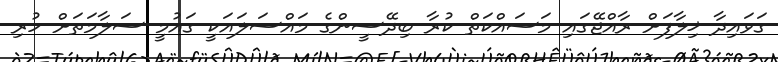
ގަވައިދާ ޚިލާފަށް ރާއްޖޭގައި މަސައްކަތް ކުރާ ބިދޭސީންގެ މައްސަލައަކީ ގައުމީ ސަލާމަތަށް ހުރި